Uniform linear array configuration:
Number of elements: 32
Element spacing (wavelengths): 1
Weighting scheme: uniform
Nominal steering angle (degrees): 60
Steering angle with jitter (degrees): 61.993
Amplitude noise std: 0.05
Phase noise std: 0.05

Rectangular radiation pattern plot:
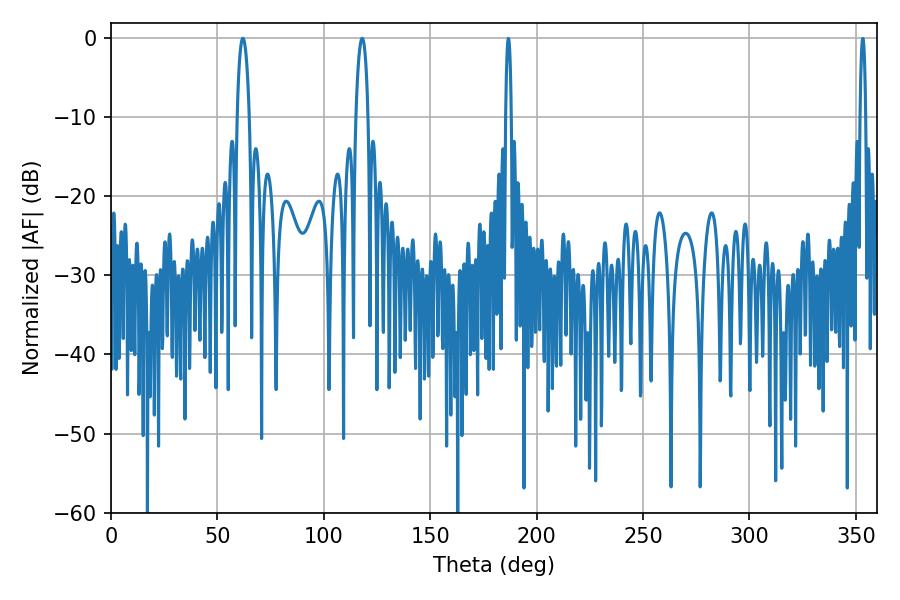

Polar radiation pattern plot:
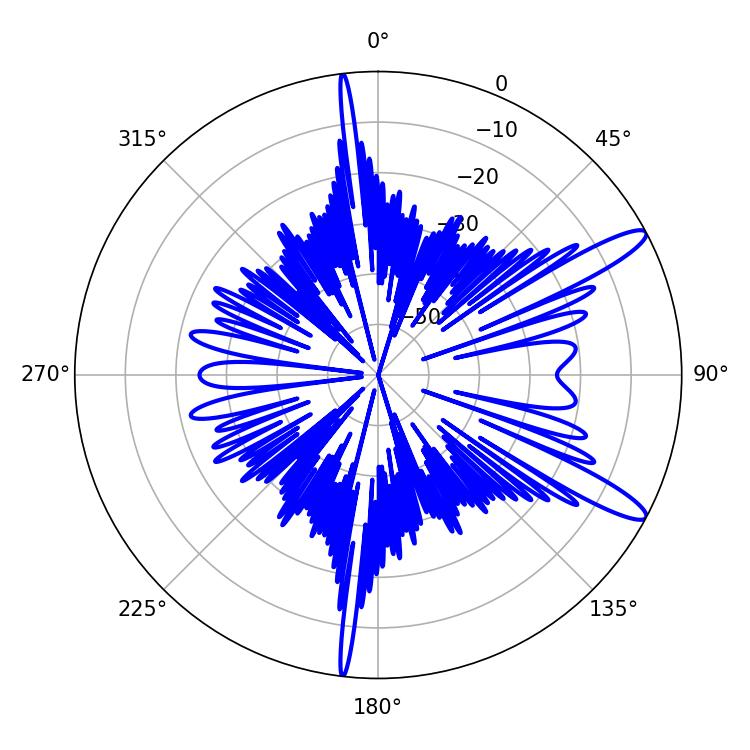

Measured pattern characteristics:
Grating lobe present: TRUE
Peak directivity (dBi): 12.668
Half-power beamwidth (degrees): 3.06
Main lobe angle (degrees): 61.92